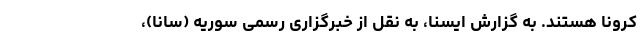
کرونا هستند. به گزارش ایسنا، به نقل از خبرگزاری رسمی سوریه (سانا)،